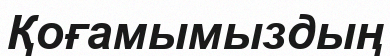
Қоғамымыздың